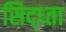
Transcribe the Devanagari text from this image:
सिद्ध्ता